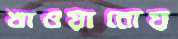
খাওয়ানোয়